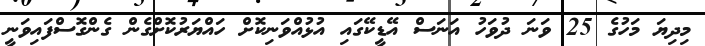
މިދިޔަ މަހުގެ 25 ވަނަ ދުވަހު އަނަސް އޭޑީކޭގައި އުޅުއްވަނިކޮށް ހައްޔަރުކޮށްގެން ގެންގޮސްފައިވަނީ